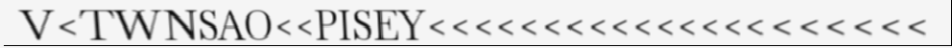
V<TWNSAO<<PISEY<<<<<<<<<<<<<<<<<<<<<